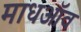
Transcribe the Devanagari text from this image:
माधऑव